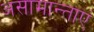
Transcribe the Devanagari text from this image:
असामान्ताएं